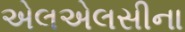
એલએલસીના